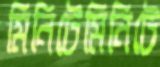
মিনিটেমিনিটে